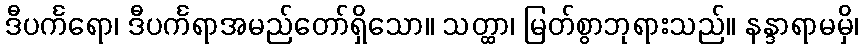
ဒီပင်္ကရော၊ ဒီပင်္ကရာအမည်တော်ရှိသော။ သတ္ထာ၊ မြတ်စွာဘုရားသည်။ နန္ဒာရာမမှိ၊